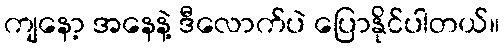
ကျနော့ အနေနဲ့ ဒီလောက်ပဲ ပြောနိုင်ပါတယ်။